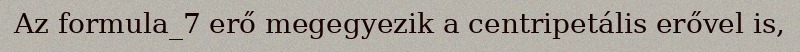
Az formula_7 erő megegyezik a centripetális erővel is,